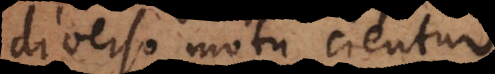
diverso motu cientur.